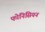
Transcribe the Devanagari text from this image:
फोनिसियन